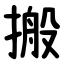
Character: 搬